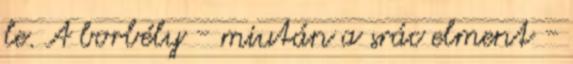
le. A borbély - miután a srác elment -